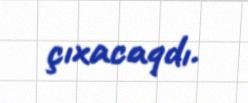
çıxacaqdı.